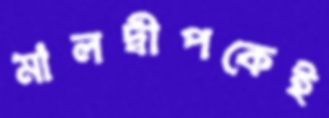
মালদ্বীপকেই